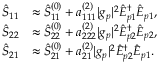
\begin{array} { r l } { \hat { S } _ { 1 1 } } & { \approx \hat { S } _ { 1 1 } ^ { ( 0 ) } + a _ { 1 1 1 } ^ { ( 2 ) } | g _ { p } | ^ { 2 } \hat { E } _ { p 1 } ^ { \dagger } \hat { E } _ { p 1 } , } \\ { \hat { S } _ { 2 2 } } & { \approx \hat { S } _ { 2 2 } ^ { ( 0 ) } + a _ { 2 2 2 } ^ { ( 2 ) } | g _ { p } | ^ { 2 } \hat { E } _ { p 2 } ^ { \dagger } \hat { E } _ { p 2 } , } \\ { \hat { S } _ { 2 1 } } & { \approx \hat { S } _ { 2 1 } ^ { ( 0 ) } + a _ { 2 1 } ^ { ( 2 ) } | g _ { p } | ^ { 2 } \hat { E } _ { p 2 } ^ { \dagger } \hat { E } _ { p 1 } . } \end{array}